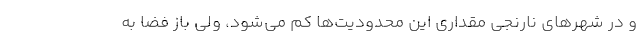
و در شهرهای نارنجی مقداری این محدودیت‌ها کم می‌شود، ولی باز فضا به